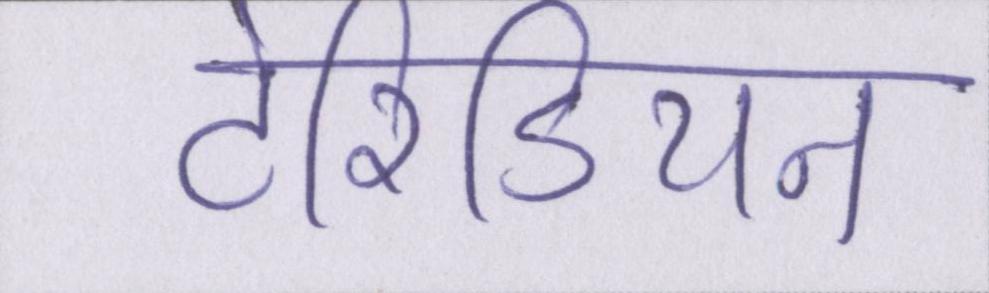
टेरिडियन